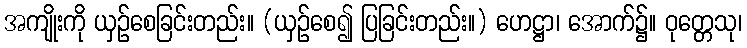
အကျိုးကို ယှဉ်စေခြင်းတည်း။ (ယှဉ်စေ၍ ပြခြင်းတည်း။) ဟေဋ္ဌာ၊ အောက်၌။ ဝုတ္တေသု၊